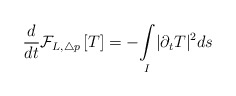
\begin{align*}\frac{d}{d t} \mathcal{F}_{L,\triangle p}\left[ T \right] =- \underset{I}{\int }| \partial_{t}T |^{2} ds \end{align*}